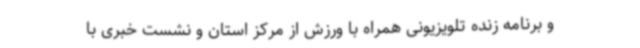
و برنامه زنده تلویزیونی همراه با ورزش از مرکز استان و نشست خبری با